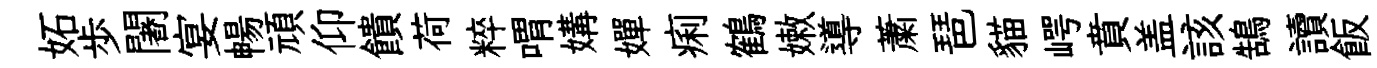
妬歩闍宴暢頑仰饋荷粹喟媾嬋痢鶴嫩導䔥琶貓崿賁盖該鵠讀飯